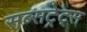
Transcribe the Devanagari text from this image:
सब्सट्रेट्स